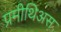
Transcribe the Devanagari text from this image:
प्रमीथिअस